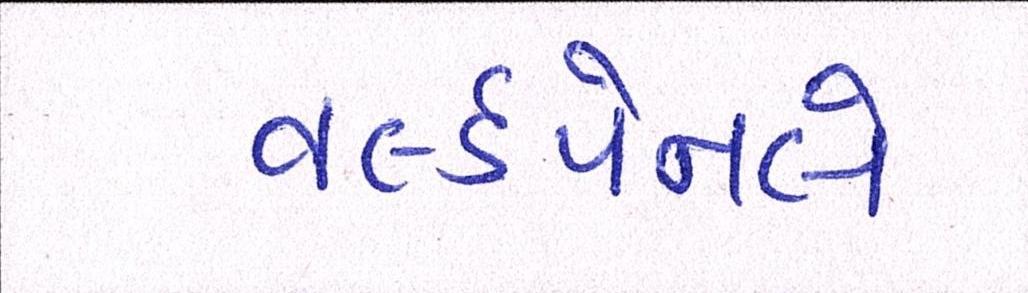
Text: વર્લ્ડપેનલે